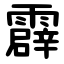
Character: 霹